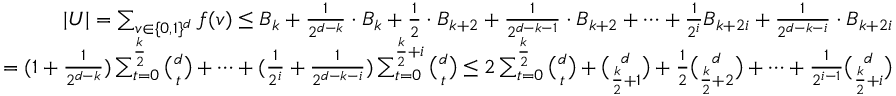
\begin{array} { r } { | U | = \sum _ { \boldsymbol { v } \in \{ 0 , 1 \} ^ { d } } f ( \boldsymbol { v } ) \le B _ { k } + \frac { 1 } { 2 ^ { d - k } } \cdot B _ { k } + \frac { 1 } { 2 } \cdot B _ { k + 2 } + \frac { 1 } { 2 ^ { d - k - 1 } } \cdot B _ { k + 2 } + \cdots + \frac { 1 } { 2 ^ { i } } B _ { k + 2 i } + \frac { 1 } { 2 ^ { d - k - i } } \cdot B _ { k + 2 i } } \\ { = ( 1 + \frac { 1 } { 2 ^ { d - k } } ) \sum _ { t = 0 } ^ { \frac { k } { 2 } } \binom { d } { t } + \cdots + ( \frac { 1 } { 2 ^ { i } } + \frac { 1 } { 2 ^ { d - k - i } } ) \sum _ { t = 0 } ^ { \frac { k } { 2 } + i } \binom { d } { t } \leq 2 \sum _ { t = 0 } ^ { \frac { k } { 2 } } \binom { d } { t } + \binom { d } { \frac { k } { 2 } + 1 } + \frac { 1 } { 2 } \binom { d } { \frac { k } { 2 } + 2 } + \cdots + \frac { 1 } { 2 ^ { i - 1 } } \binom { d } { \frac { k } { 2 } + i } } \end{array}